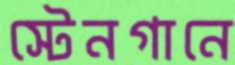
স্টেনগানে